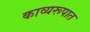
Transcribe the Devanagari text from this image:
काव्यरूपात